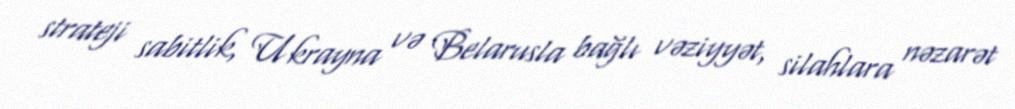
strateji sabitlik, Ukrayna və Belarusla bağlı vəziyyət, silahlara nəzarət